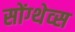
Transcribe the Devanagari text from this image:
सोंग्थेव्स